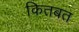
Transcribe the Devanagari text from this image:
कितबत